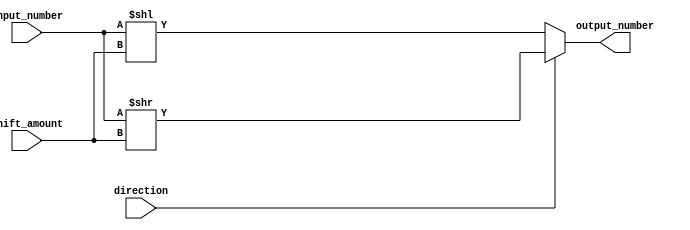
module barrel_shifter(
    input [7:0] input_number,
    input [3:0] shift_amount,
    input direction,
    output reg [7:0] output_number
);

always @(*) begin
    if(direction == 1) begin
        output_number = input_number >> shift_amount; // Right shift
    end else begin
        output_number = input_number << shift_amount; // Left shift
    end
end

endmodule